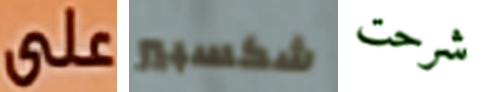
على شكسبير شرحت